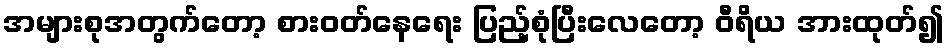
အများစုအတွက်တော့ စားဝတ်နေရေး ပြည့်စုံပြီးလေတော့ ဝီရိယ အားထုတ်၍